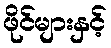
ဖိုင်များနှင့်